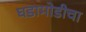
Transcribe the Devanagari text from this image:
घडामोडीचा